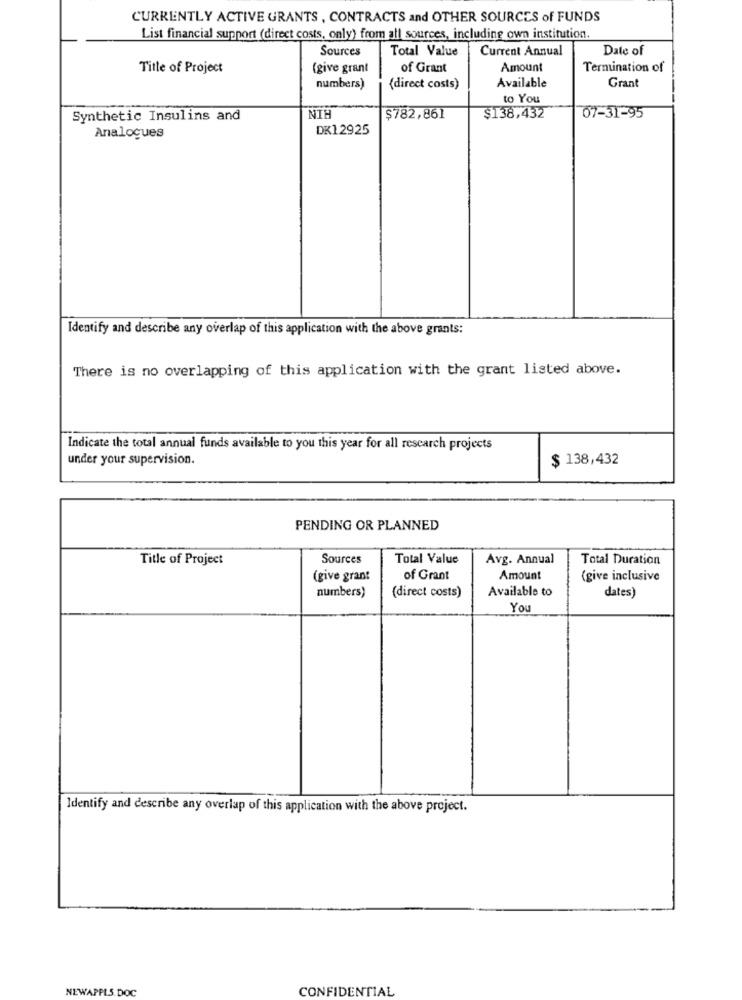
CURRENTLY ACTIVE GRANTS , CONTRACTS and OTHER SOURCES of FUNDS
List financial support (direct costs, only) from all sources, including own institution.
Sources
Total Value
Current Annual
Date of
Title of Project
(give grant
of Grant
Amount
Termination of
Grant
numbers)
(direct costs)
Available
to You
Synthetic Insulins and
NIE
$782,861
$138,432
07-31-95
DK1.2925
Analogues
Identify and describe any overlap of this application with the above grants:
There is no overlapping of this application with the grant listed above.
Indicate the total annual funds available to you this year for all research projects
under your supervision.
$ 138,432
PENDING OR PLANNED
Title of Project
Sources
Total Value
Avg. Annual
Total Duration
(give grant
of Grant
Amount
(give inclusive
numbers)
(direct costs)
Available to
dates)
You
Identify and describe any overlap of this application with the above project.
NEWAPPLS. DOC
CONFIDENTIAL